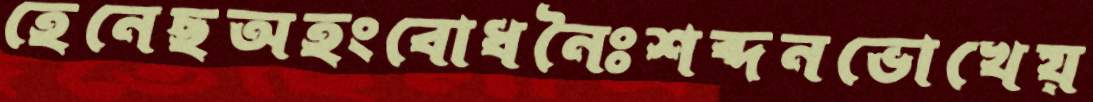
হেনেছঅহংবোধনৈঃশব্দনভোখেয়